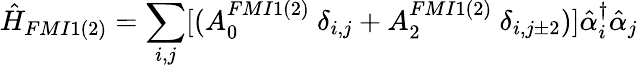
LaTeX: \hat{H}_{FMI1(2)}=\sum_{i,j}[(A_{0}^{FMI1(2)}\ {\delta}_{i,j}+A_{2}^{FMI1(2)}\ {\delta}_{i,j\pm 2})]\hat{\alpha}_{i}^{{\dagger}}\hat{\alpha}_{j}